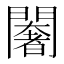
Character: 𨶶